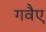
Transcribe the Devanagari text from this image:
गवैए